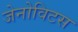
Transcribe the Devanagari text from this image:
जेनोविटस